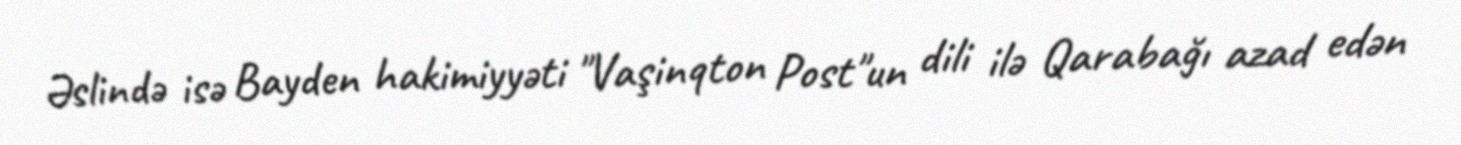
Əslində isə Bayden hakimiyyəti "Vaşinqton Post"un dili ilə Qarabağı azad edən